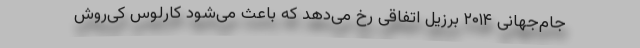
جام‌جهانی ۲۰۱۴ برزیل اتفاقی رخ می‌دهد که باعث می‌شود کارلوس کی‌روش